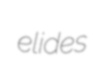
elides